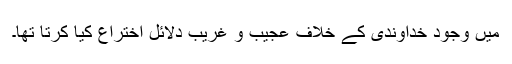
میں وجودِ خداوندی کے خلاف عجیب و غریب دلائل اختراع کیا کرتا تھا۔